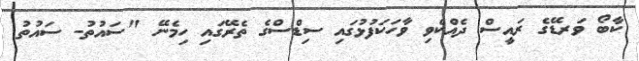
ކާބޯ ވަރޑޭގެ ރައީސް ދެއްކެވި ވާހަކަފުޅުގައި ސިޑްސްގެ ތެރޭގައި ހިމެނޭ "ސައުތު- ސައުތު